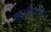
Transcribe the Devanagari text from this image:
मृत्युविषयक